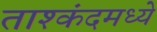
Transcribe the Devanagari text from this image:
ताश्कंदमध्ये